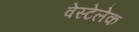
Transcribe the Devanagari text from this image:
वेस्टेलेक